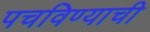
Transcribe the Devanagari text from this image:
पचविण्याची